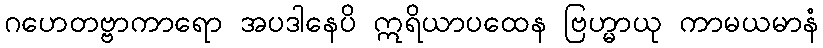
ဂဟေတဗ္ဗာကာရော အပဒါနေပိ ဣရိယာပထေန ဗြဟ္မာယု ကာမယမာနံ